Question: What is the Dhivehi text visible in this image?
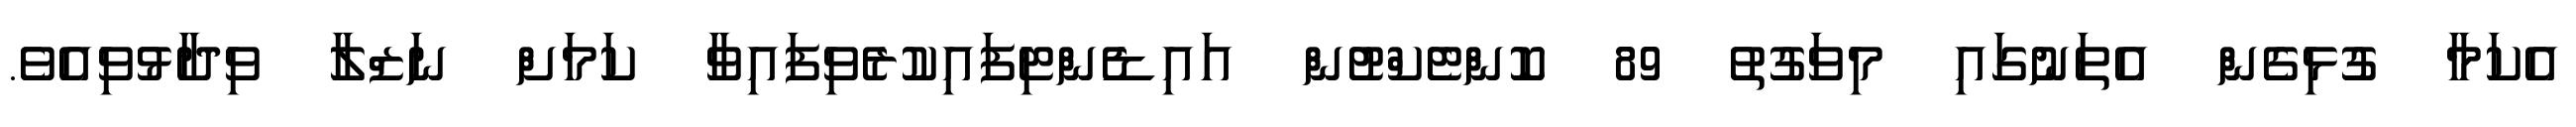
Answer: އެކަމާ ގުޅިގެން އެތަނުގައި މިވަގުތު 89 ކޮންޓެކްޓުން އައިޑެންޓިފައިކުރެވިފައިވާ ކަމަށް ނަޒްލާ ވިދާޅުވިއެވެ.